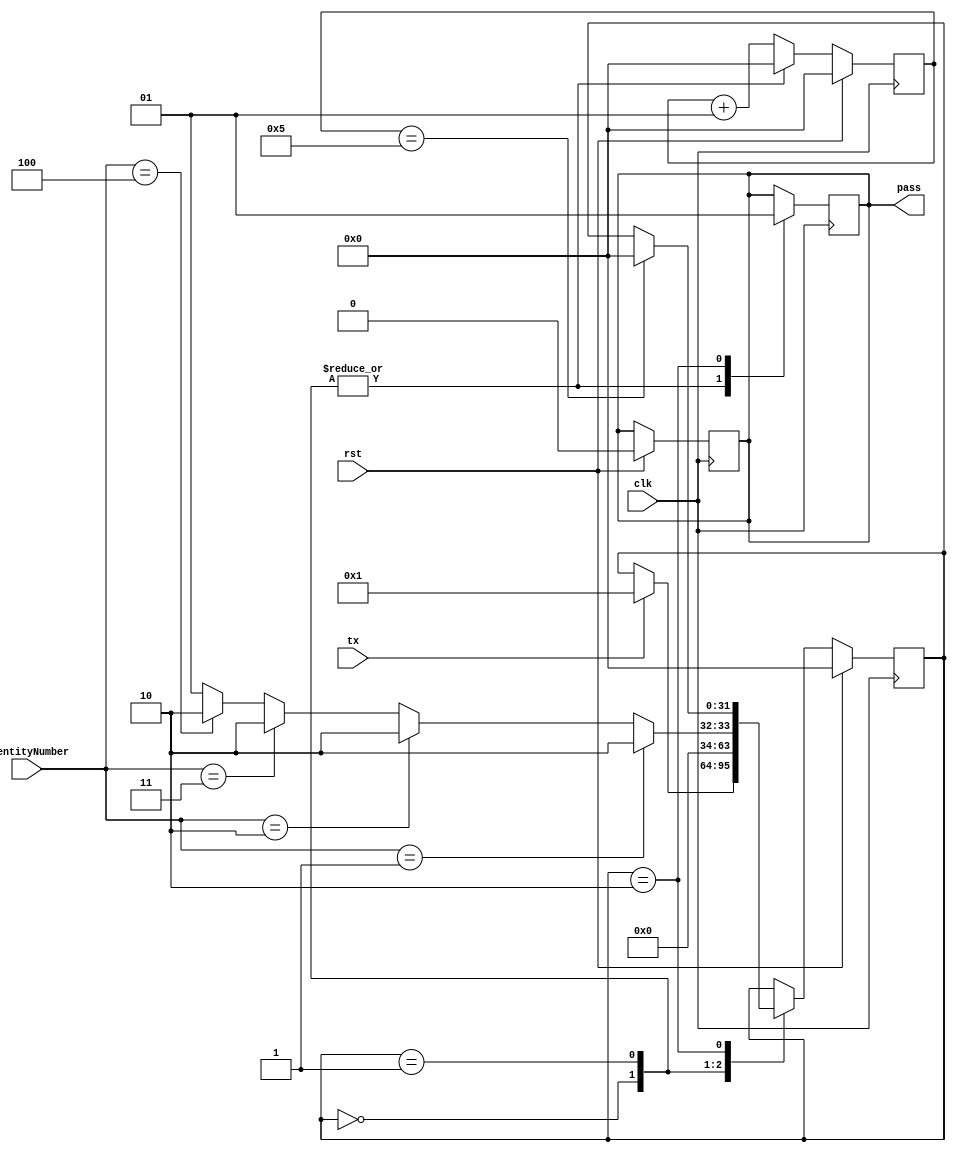
`timescale 1ns / 1ps
//////////////////////////////////////////////////////////////////////////////////
// Company: 
// Engineer: 
// 
// Design Name: 
// Module Name: test
// Project Name: 
// Target Devices: 
// Tool Versions: 
// Description: 
// 
// Dependencies: 
// 
// Revision:
// Revision 0.01 - File Created
// Additional Comments:
// 
//////////////////////////////////////////////////////////////////////////////////
// Code your design here
module accessdoor(
		clk,
  		rst,
  		tx,
  		identityNumber,
        pass
);
  input clk;
  input rst;
  input tx;
  input [3:0] identityNumber;
  output reg pass;
  
  integer counter;  
  integer state ; // for state machine
  /*
  	state {0: Idle , 1: Check , 2: pass}
  */
  
  // executed only in the rising edge of clock
  always @ (posedge clk)
    begin
      if (rst)
        begin
          counter <= 0;
          state <= 0;
          pass <= 0;
        end 
      else
        begin
          counter <= counter + 1;
          case (state)
            0:
              begin
                counter <=0;
                if (tx)
                  begin
                    state <= 1;
                  end 
              end
            1:
              begin
                /*
                identityNumber = 4'd1 // ceo 
                identityNumber = 4'd2 // manager
                identityNumber = 4'd3 // Employee
                identityNumber = 4'd4 // trainee
                */
                counter <= 0;
                if (identityNumber ==4'd1 )
                  begin
                    state <= 2;
                    //counter <= 0;
                  end 
                else if (identityNumber ==4'd2 )
                  begin
                    state <= 2;
                    //counter <= 0;
                  end 
                else if (identityNumber == 4'd3)
                  begin
                    state <= 2;
                    //counter <= 0;
                  end
                else if (identityNumber == 4'd4)
                  begin
                    state <= 2;
                    counter <= 0;
                  end 
                else
                  begin
                    //denied access 
                    state <= 1;
                  end 
              end 
            2:
              begin
                if (counter == 5)
                  begin
                    state <= 0;
                  end 
              end 

          endcase
        end 
    end 
  
  always @ (negedge clk)
    begin
      case (state)
        0:
          begin
            pass <= 0;
          end 
        1:
          begin
            pass <= 0;
          end 
        2:
          begin
            pass <= 1;
          end 
      endcase
    end 
endmodule
/*
module testb ();
  reg clk;
  reg rst;
  reg tx;
  reg [3:0] identityNumber;
  wire  pass;
  
  accessdoor uut(
		clk,
  		rst,
  		tx,
  		identityNumber,
        pass
);
  
  initial
    begin
      clk = 0;
      rst = 1;
      tx = 0;
      identityNumber = 4'd8;
      #10
      rst = 0;
      #100
      tx = 1;
      #100
      identityNumber = 4'd2;
    end 
  
  always 
    begin
      #5 clk = ! clk;
    end 
endmodule
*/